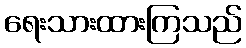
ရေးသားထားကြသည်